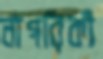
নাগরিকী